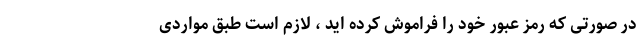
در صورتی که رمز عبور خود را فراموش کرده اید ، لازم است طبق مواردی